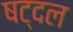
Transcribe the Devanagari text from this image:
षट्दल